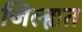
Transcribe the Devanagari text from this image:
जिल्ह्यत